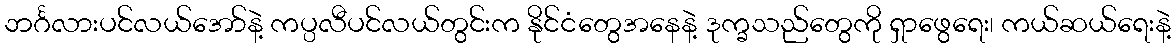
ဘင်္ဂလားပင်လယ်အော်နဲ့ ကပ္ပလီပင်လယ်တွင်းက နိုင်ငံတွေအနေနဲ့ ဒုက္ခသည်တွေကို ရှာဖွေရေး၊ ကယ်ဆယ်ရေးနဲ့